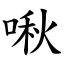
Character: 啾